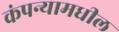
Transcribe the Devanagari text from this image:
कंपन्यामधील